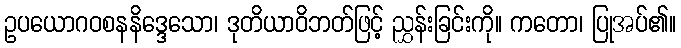
ဥပယောဂဝစနနိဒ္ဒေသော၊ ဒုတိယာဝိဘတ်ဖြင့် ညွှန်းခြင်းကို။ ကတော၊ ပြုအပ်၏။